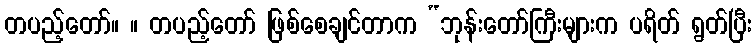
တပည့်တော်။ ။ တပည့်တော် ဖြစ်စေချင်တာက “ဘုန်းတော်ကြီးများက ပရိတ် ရွတ်ပြီး